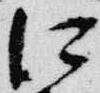
江